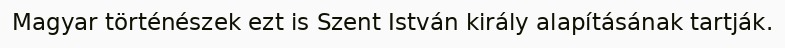
Magyar történészek ezt is Szent István király alapításának tartják.